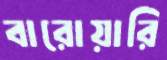
বারোয়ারি